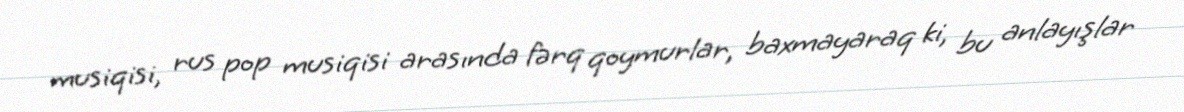
musiqisi, rus pop musiqisi arasında fərq qoymurlar, baxmayaraq ki, bu anlayışlar